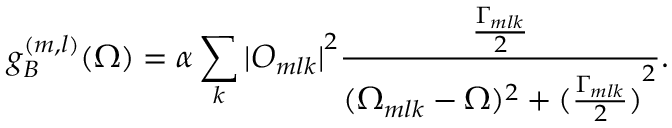
g _ { B } ^ { ( m , l ) } ( \Omega ) = \alpha \sum _ { k } { | O _ { m l k } | } ^ { 2 } \frac { \frac { \Gamma _ { m l k } } { 2 } } { ( \Omega _ { m l k } - \Omega ) ^ { 2 } + { ( \frac { \Gamma _ { m l k } } { 2 } ) } ^ { 2 } } .